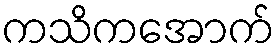
ကသိကအောက်